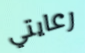
رعايتي